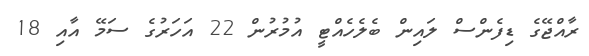
ރާއްޖޭގެ ޑިފެންސް ލައިން ބެލެހެއްޓީ އުމުރުން 22 އަހަރުގެ ސަމޭ އާއި 18